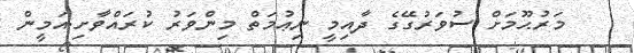
މަރުޙޫމަށް ސުވަރުގޭގެ ދާއިމީ ނިޢުމަތް މިންވަރު ކުރައްވާށި.އަމީން